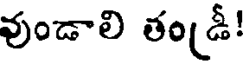
వుండాలి తం(డీ!